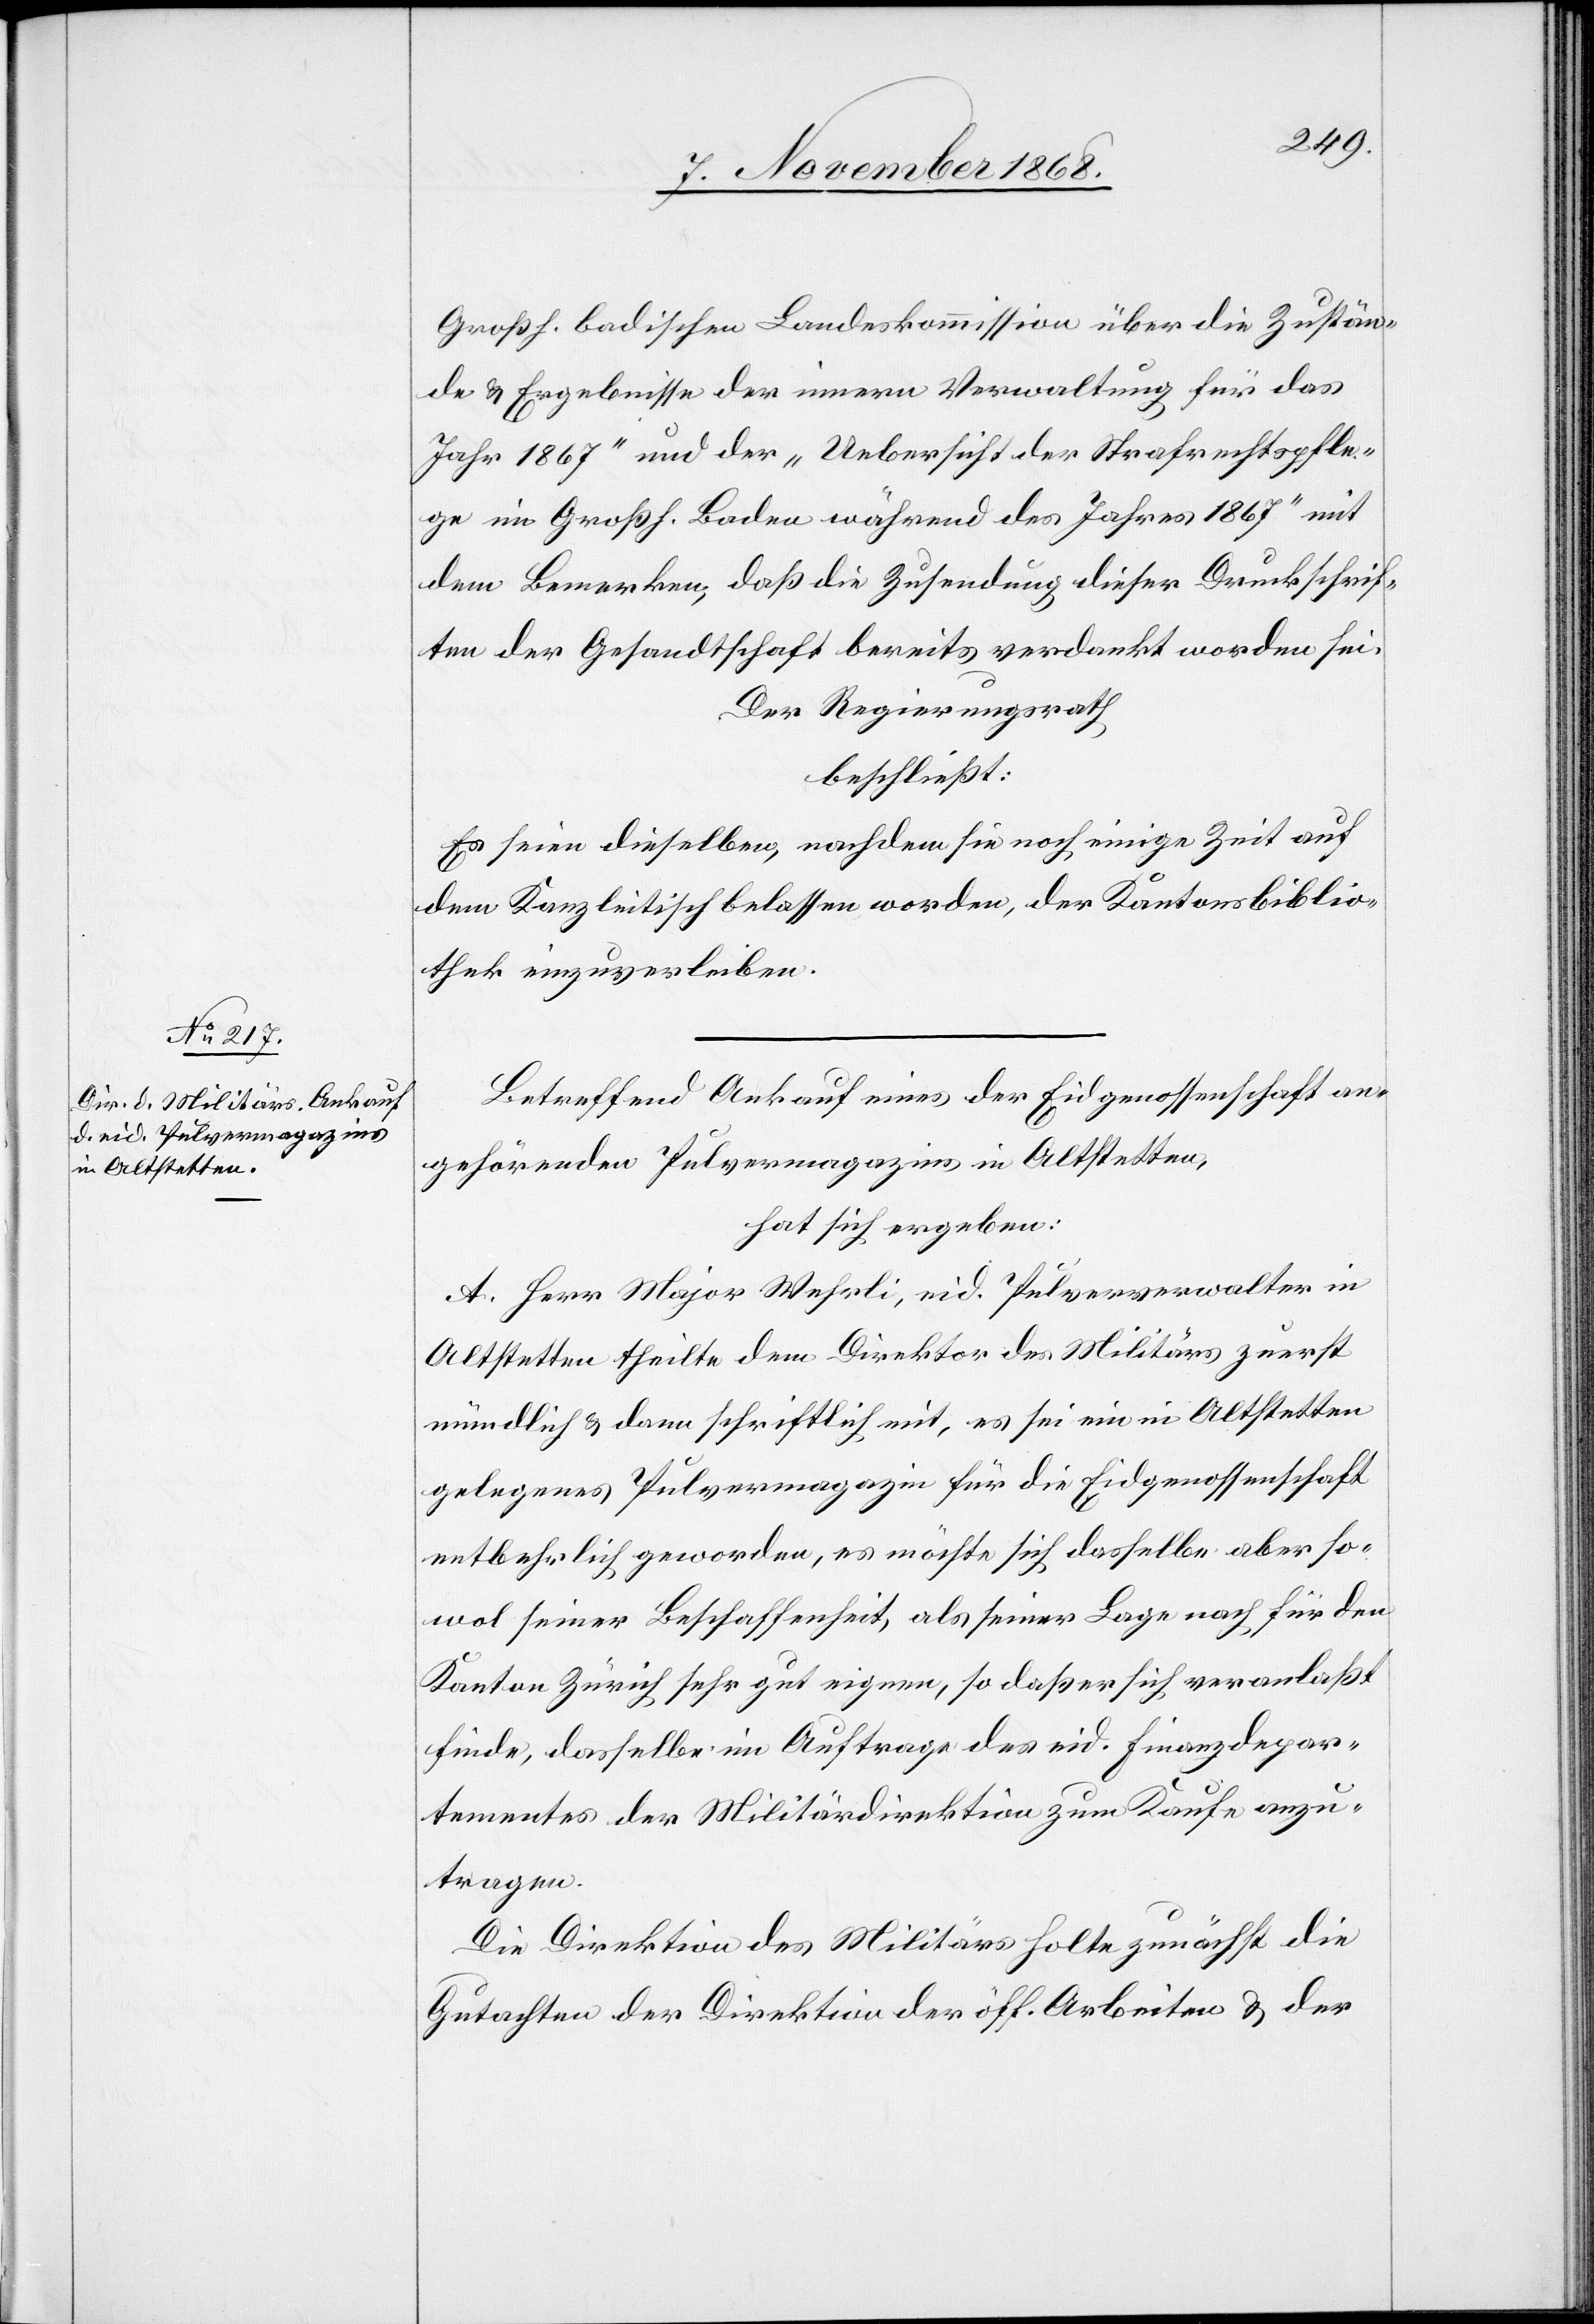
Großh. badischen Landeskommission über die Zustän¬
de & Ergebnisse der innern Verwaltung für das
Jahr 1867“ und der „Uebersicht der Strafrechtspfle¬
ge im Großh. Baden während des Jahres 1867“ mit
dem Bemerken, daß die Zusendung dieser Druckschrif¬
ten der Gesandtschaft bereits verdankt worden sei.
Der Regierungsrath
beschließt:
Es seien dieselben, nachdem sie noch einige Zeit auf
dem Kanzleitisch belassen worden, der Kantonsbiblio¬
thek einzuverleiben.
Betreffend Ankauf eines der Eidgenossenschaft an¬
gehörenden Pulvermagazins in Altstetten,
hat sich ergeben:
A. Herr Major Wehrli, eid. Pulververwalter in
Altstetten theilte dem Direktor des Militärs zuerst
mündlich & dann schriftlich mit, es sei ein in Altstetten
gelegenes Pulvermagazin für die Eidgenossenschaft
entbehrlich geworden, es möchte sich dasselbe aber so¬
wol seiner Beschaffenheit, als seiner Lage nach für den
Kanton Zürich sehr gut eignen, so daß er sich veranlaßt
finde, dasselbe im Auftrage des eid. Finanzdepar¬
tementes der Militärdirektion zum Kaufe anzu¬
tragen.
Die Direktion des Militärs holte zunächst die
Gutachten der Direktion der öff. Arbeiten & der